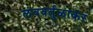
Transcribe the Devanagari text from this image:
लंबवर्तुळाकर